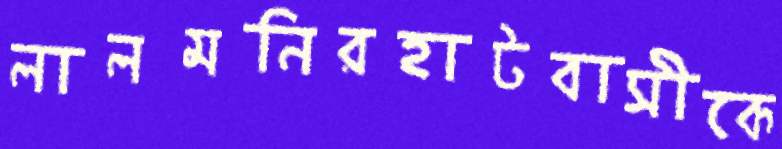
লালমনিরহাটবাসীকে